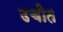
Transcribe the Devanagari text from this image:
उचीत